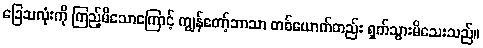
ခြေသလုံးကို ကြည့်မိသောကြောင့် ကျွန်တော့်ဘာသာ တစ်ယောက်တည်း ရှက်သွားမိသေးသည်။